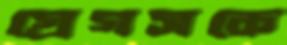
গ্রেগসকে